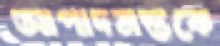
আপাদমস্তকে